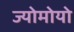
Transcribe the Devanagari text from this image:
ज्योमोयो